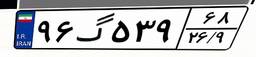
۱۵گ۲۸۳۷۱